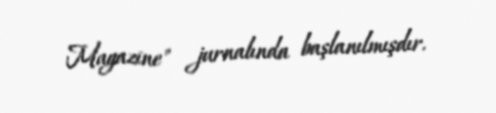
Magazine" jurnalında başlanılmışdır.